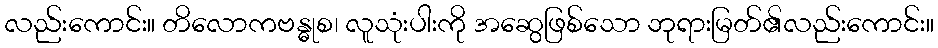
လည်းကောင်း။ တိလောကဗန္ဓုစ၊ လူသုံးပါးကို အဆွေဖြစ်သော ဘုရားမြတ်၏လည်းကောင်း။